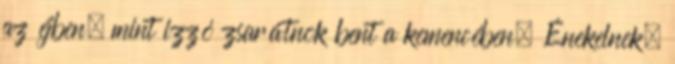
az éjben, mint izzó zsarátnok bent a kemencében. Énekelnek,